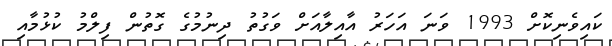
ކައިވެނިކޮށް 1993 ވަނަ އަހަރު އާއިލާއަށް ވަގުތު ދިނުމުގެ ގޮތުން ފިލްމު ކުޅުމާއި